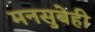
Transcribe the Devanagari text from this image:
मनसुबेही